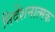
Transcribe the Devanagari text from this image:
निर्देशनात्मक